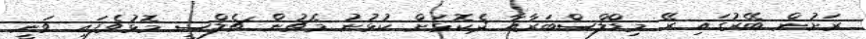
ރަށުން ބޭރުގައި ރޭ މިޑްލްސްބަރާއާ ދެކޮޅަށް ކުޅުނު މެޗުން ޗެލްސީ މޮޅުވެފައި ވަނީ